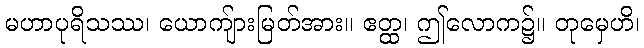
မဟာပုရိသဿ၊ ယောကျ်ားမြတ်အား။ ဧတ္ထ၊ ဤလောက၌။ တုမှေဟိ၊